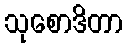
သုစောဒိတာ